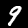
Digit: 9